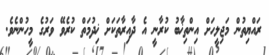
ރައްޔިތުން މަޖިލީހަށް އިންތިޚާބު ކުރާނީ އެ ދާއިރާތަކަށް ޚިދުމަތް ކުރެވޭ ވަރުގެ މީހުންނެވެ.